Annual report of the Punjab Veterinary College and of the Civil Veterinary Department, Punjab - 1926-1932
Year: 1926
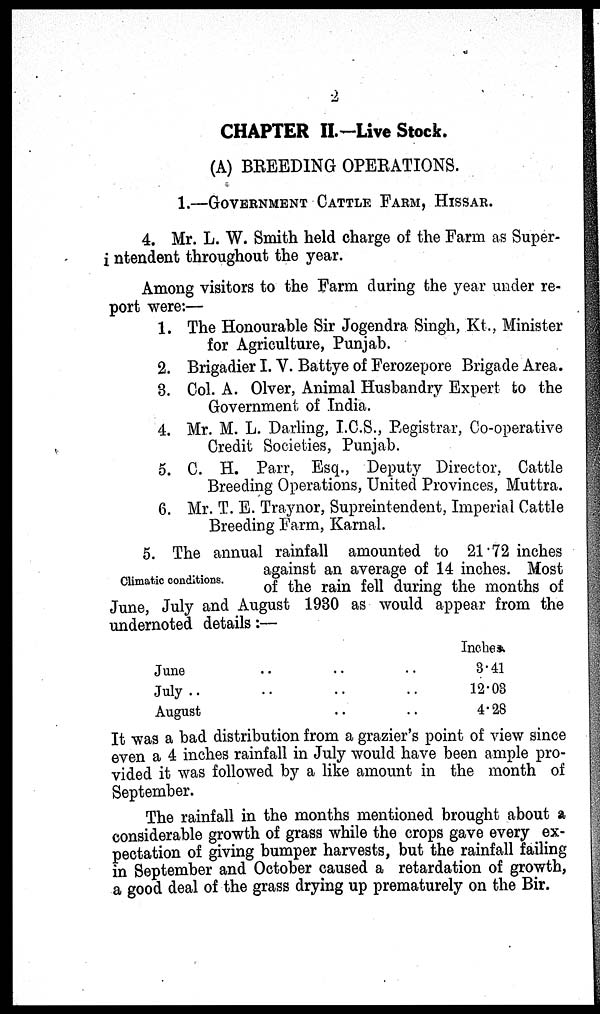
2
CHAPTER II.-Live Stock.
(A) BREED1NG OPERATIONS.
1.—GOVERNMENT CATTLE FARM, HISSAR.
4. Mr. L. W. Smith held charge of the Farm as Super-
intendent throughout the year.
Among visitors to the Farm during the year under re-
port were:—
1. The Honourable Sir Jogendra Singh, Kt., Minister
for Agriculture, Punjab.
2. Brigadier I. V. Battye of Ferozepore Brigade Area.
3. Col. A. Olver, Animal Husbandry Expert to the
Government of India.
4. Mr. M. L. Darling, I.C.S., Registrar, Co-operative
Credit Societies, Punjab.
5. C. H. Parr, Esq., Deputy Director, Cattle
Breeding Operations, United Provinces, Muttra.
6. Mr. T. E. Traynor, Supreintendent, Imperial Cattle
Breeding Farm, Karnal.
Climatic conditions.
5. The annual rainfall amounted to 21.72 inches
against an average of 14 inches. Most
of the rain fell during the months of
June, July and August 1930 as would appear from the
undernoted details:—
June ... ... ...
July ... ... ...
August ... ... ...
Inches
3.41
12.03
4.28
It was a bad distribution from a grazier's point of view since
even a 4 inches rainfall in July would have been ample pro-
vided it was followed by a like amount in the month of
September.
The rainfall in the months mentioned brought about a
considerable growth of grass while the crops gave every ex-
pectation of giving bumper harvests, but the rainfall failing
in September and October caused a retardation of growth,
a good deal of the grass drying up prematurely on the Bir.